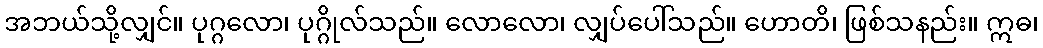
အဘယ်သို့လျှင်။ ပုဂ္ဂလော၊ ပုဂ္ဂိုလ်သည်။ လောလော၊ လျှပ်ပေါ်သည်။ ဟောတိ၊ ဖြစ်သနည်း။ ဣဓ၊